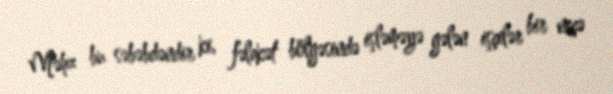
Məhz bu səbəbdəndir ki, fəlakət bölgəsində işləməyə gələn işçilər bir neçə